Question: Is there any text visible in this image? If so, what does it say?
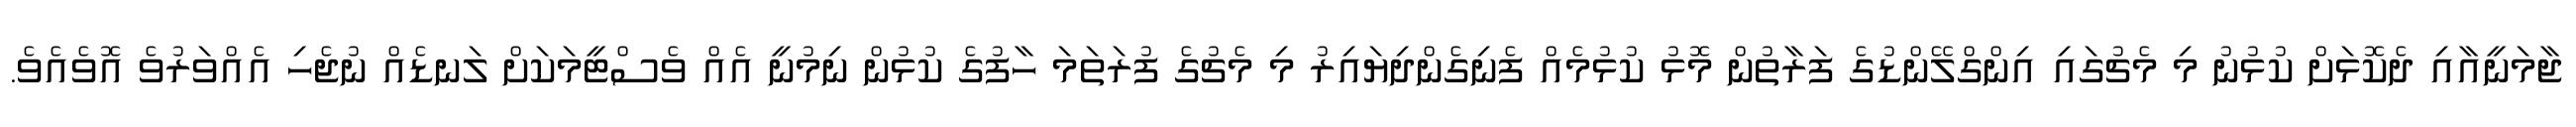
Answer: ޖާމަނީއާއި ދެކޮޅަށް ކުޅުނު މި މެޗުގައި އިންގްލޭންޑުގެ ފަރާތުން މޮޅު ކުޅުމެއް ފެނިގެންދިޔައިރު މި މެޗުގެ ފުރަތަމަ ހާފުގެ ކުޅުން ނިމުނީ އެއް ވެސްޓީމަކަށް ލަނޑެއް ނުޖެހި އެއްވަރުވެ އޮވެއެވެ.